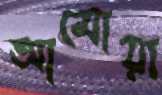
আমোয়া